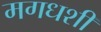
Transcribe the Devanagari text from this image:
मगधशी